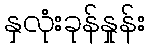
နှလုံးခုန်နှုန်း